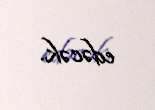
edəcək.